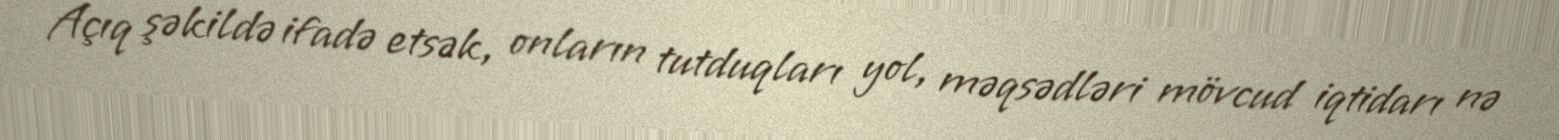
Açıq şəkildə ifadə etsək, onların tutduqları yol, məqsədləri mövcud iqtidarı nə